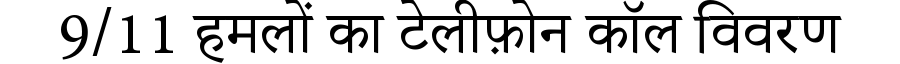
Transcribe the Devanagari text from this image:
9/11 हमलों का टेलीफ़ोन कॉल विवरण